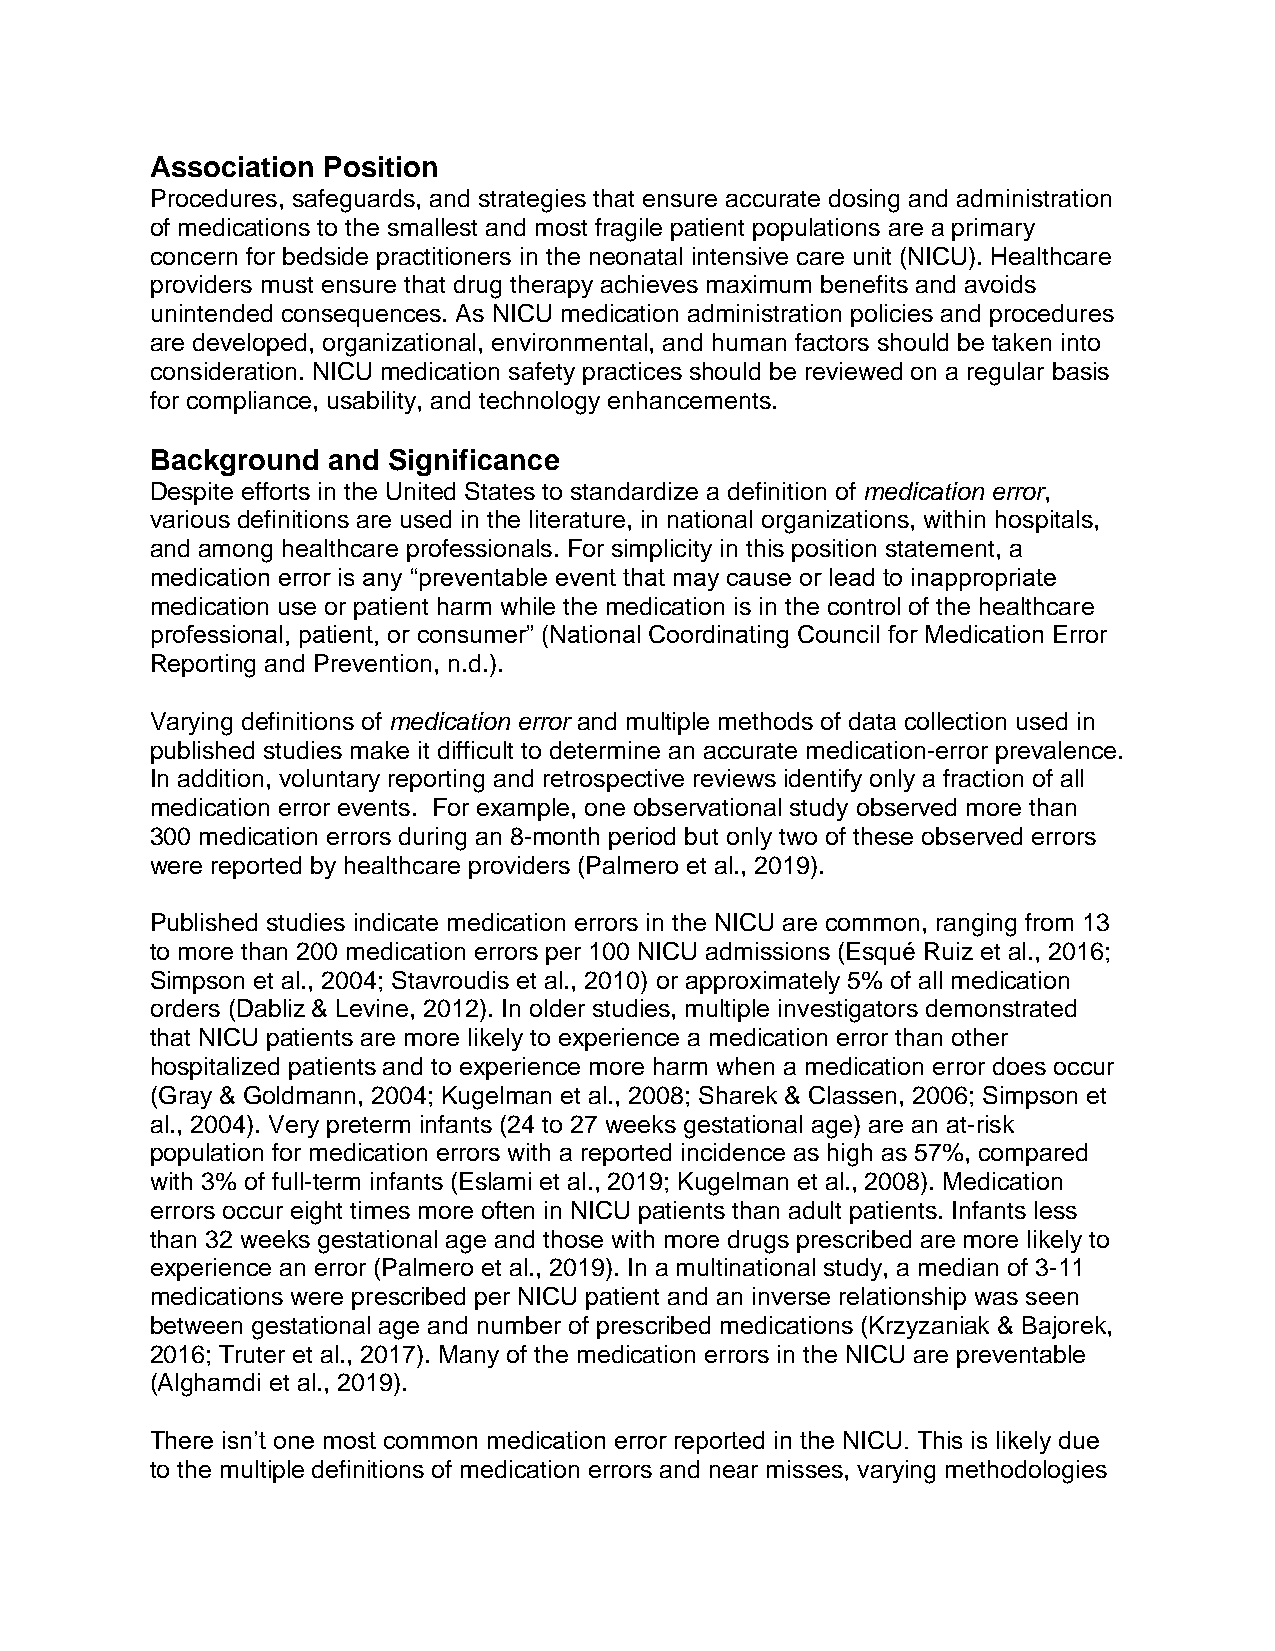
Association Position
 Procedures, safeguards, and strategies that ensure accurate dosing and administration
 of medications to the smallest and most fragile patient populations are a primary
 concern for bedside practitioners in the neonatal intensive care unit (NICU). Healthcare
 providers must ensure that drug therapy achieves maximum benefits and avoids
 unintended consequences. As NICU medication administration policies and procedures
 are developed, organizational, environmental, and human factors should be taken into
 consideration. NICU medication safety practices should be reviewed on a regular basis
 for compliance, usability, and technology enhancements.
 Background  and Significance
 Despite efforts in the United States to standardize a definition of medication error,
 various definitions are used in the literature, in national organizations, within hospitals,
 and among healthcare professionals. For simplicity in this position statement, a
 medication error is any “preventable event that may cause or lead to inappropriate
 medication use or patient harm while the medication is in the control of the healthcare
 professional, patient, or consumer” (National Coordinating Council for Medication Error
 Reporting and Prevention, n.d.).
 Varying definitions of medication error and multiple methods of data collection used in
 published studies make it difficult to determine an accurate medication-error prevalence.
 In addition, voluntary reporting and retrospective reviews identify only a fraction of all
 medication error events. For example, one observational study observed more than
 300 medication errors during an 8-month period but only two of these observed errors
 were reported by healthcare providers (Palmero et al., 2019).
 Published studies indicate medication errors in the NICU are common, ranging from 13
 to more than 200 medication errors per 100 NICU admissions (Esqué Ruiz et al., 2016;
 Simpson et al., 2004; Stavroudis et al., 2010) or approximately 5% of all medication
 orders (Dabliz & Levine, 2012). In older studies, multiple investigators demonstrated
 that NICU patients are more likely to experience a medication error than other
 hospitalized patients and to experience more harm when a medication error does occur
 (Gray & Goldmann, 2004; Kugelman et al., 2008; Sharek & Classen, 2006; Simpson et
 al., 2004). Very preterm infants (24 to 27 weeks gestational age) are an at-risk
 population for medication errors with a reported incidence as high as 57%, compared
 with 3% of full-term infants (Eslami et al., 2019; Kugelman et al., 2008). Medication
 errors occur eight times more often in NICU patients than adult patients. Infants less
 than 32 weeks gestational age and those with more drugs prescribed are more likely to
 experience an error (Palmero et al., 2019). In a multinational study, a median of 3-11
 medications were prescribed per NICU patient and an inverse relationship was seen
 between gestational age and number of prescribed medications (Krzyzaniak & Bajorek,
 2016; Truter et al., 2017). Many of the medication errors in the NICU are preventable
 (Alghamdi et al., 2019).
 There isn’t one most common medication error reported in the NICU. This is likely due
 to the multiple definitions of medication errors and near misses, varying methodologies